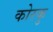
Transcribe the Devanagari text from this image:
कोरकु